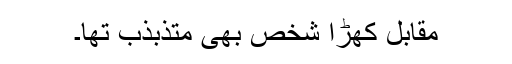
مقابل کھڑا شخص بھی متذبذب تھا۔